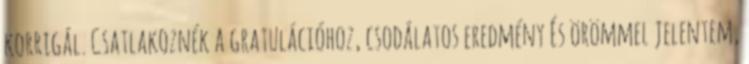
korrigál. Csatlakoznék a gratulációhoz, csodálatos eredmény És örömmel jelentem,